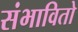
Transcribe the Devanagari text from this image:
संभावितो